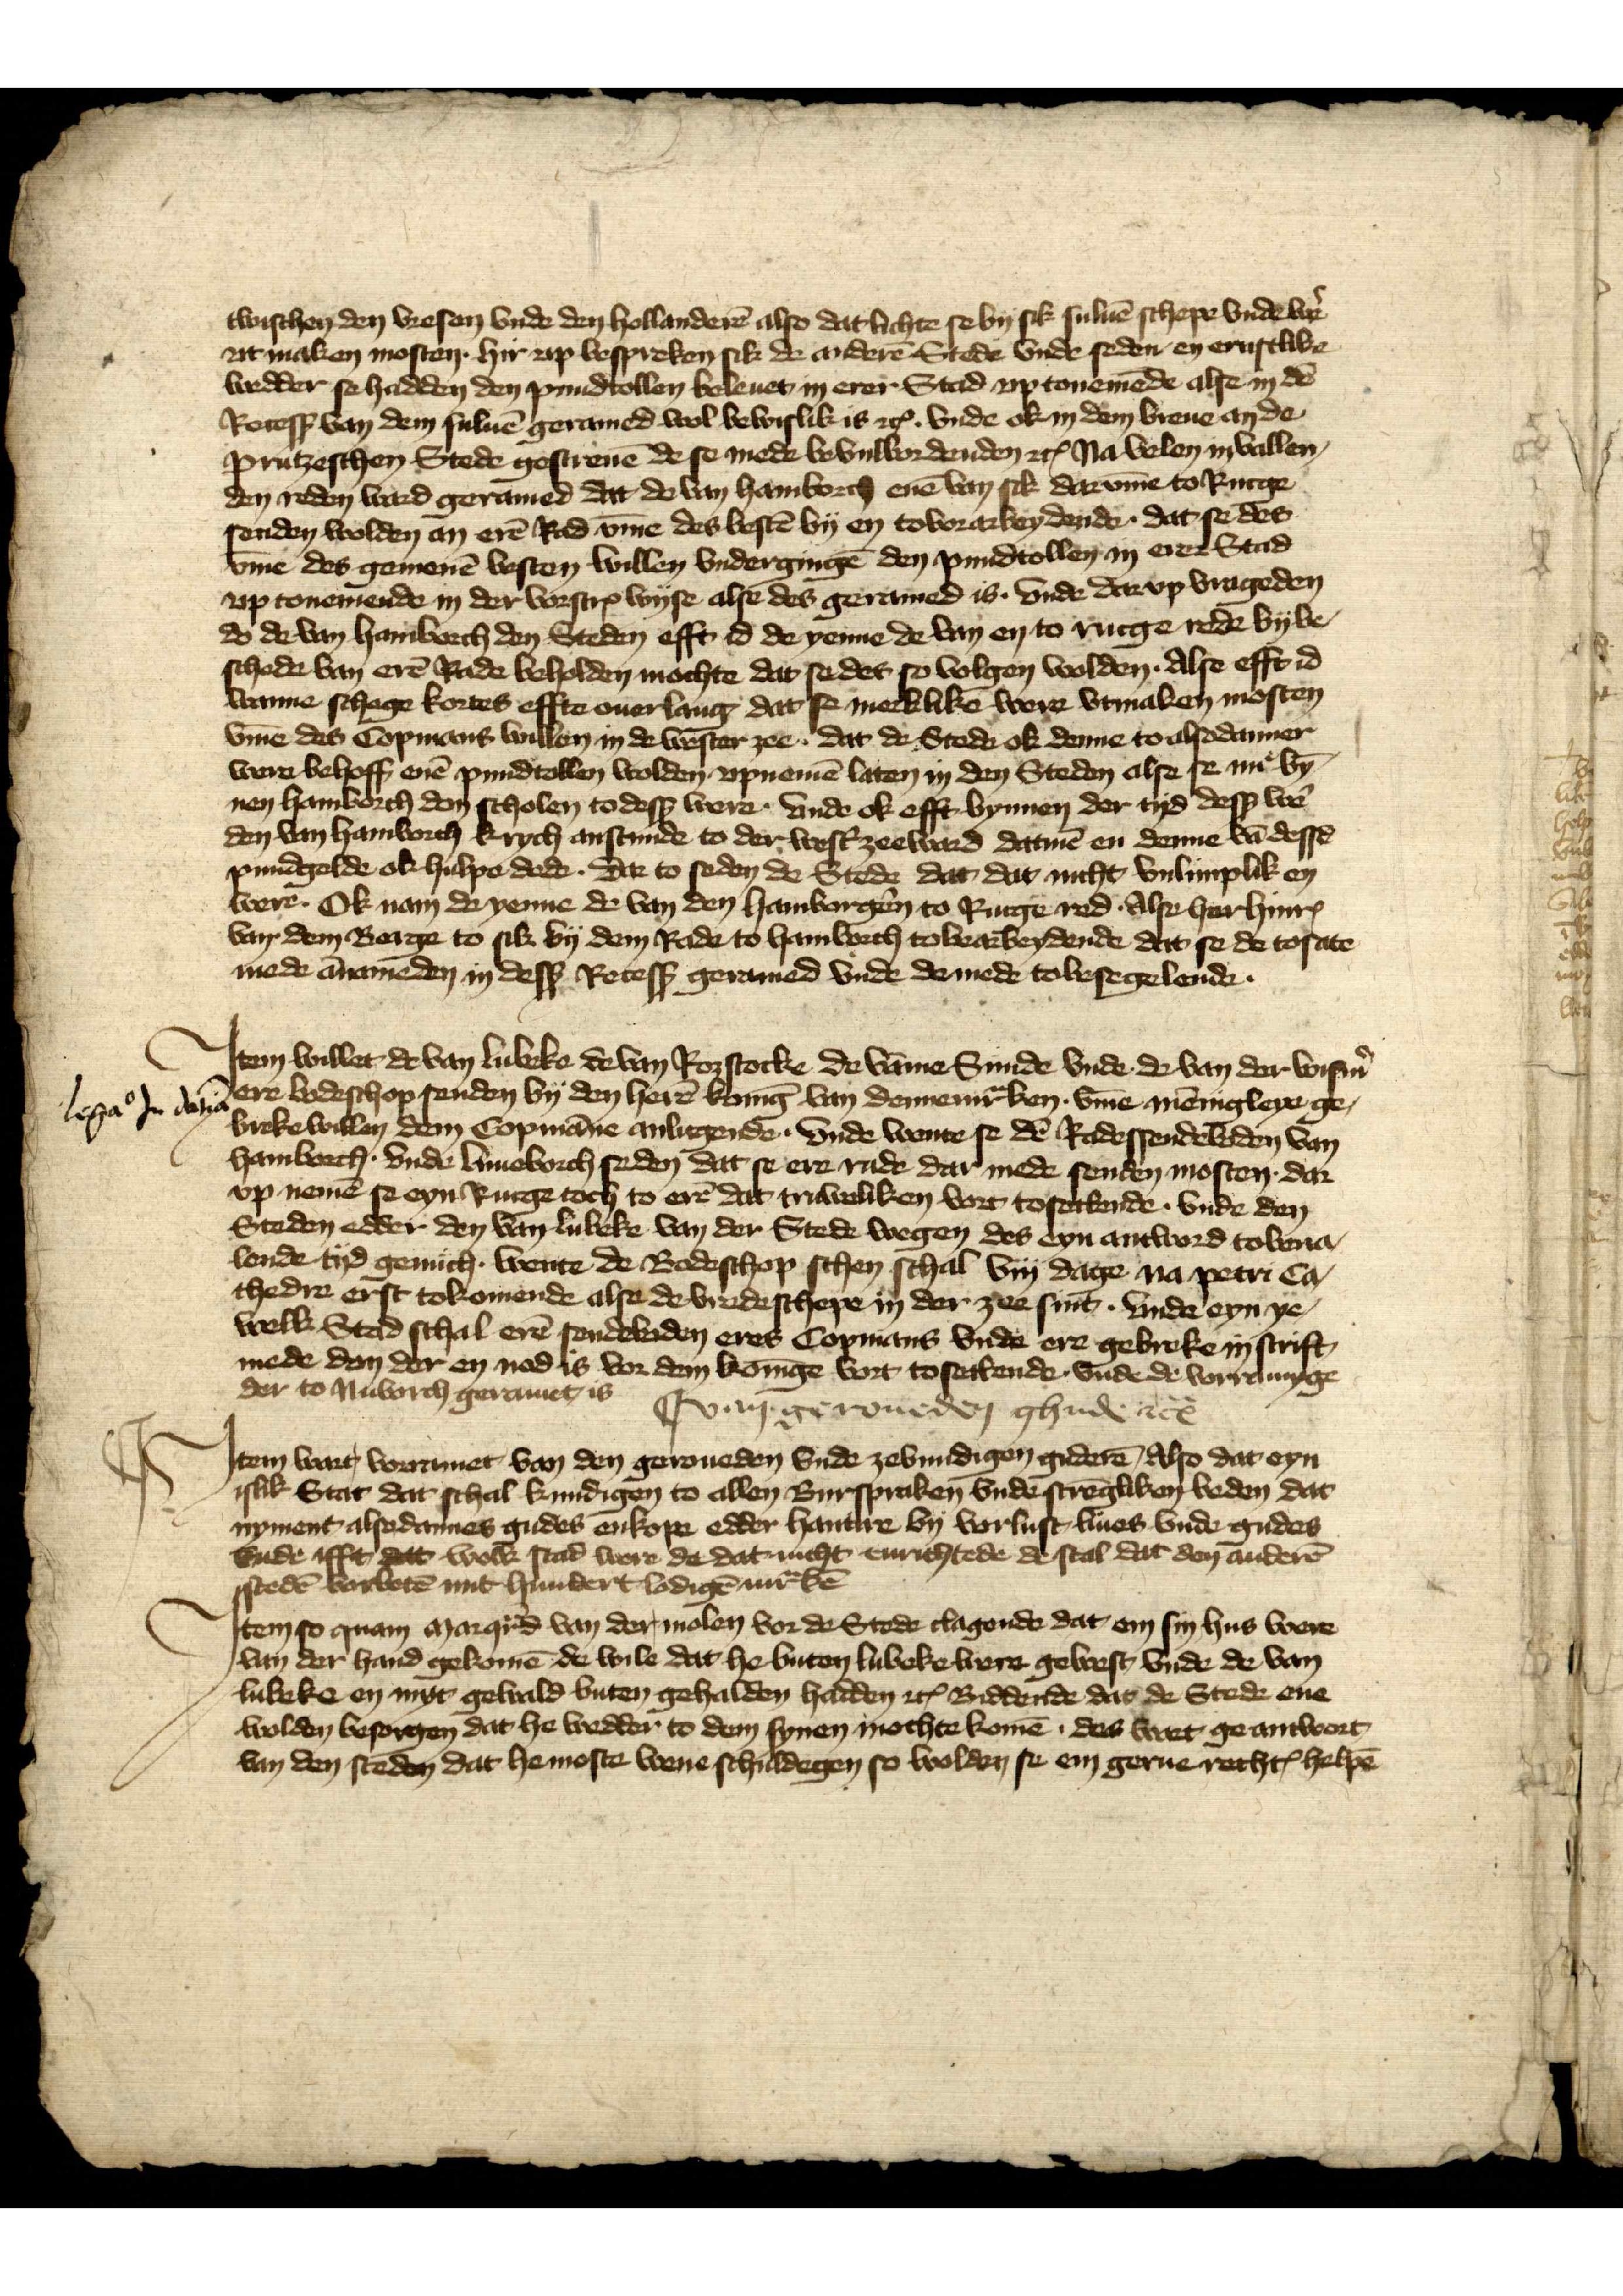
twischen den Vresen vnde den Hollanderē also dat lichte se by sik suluē schepe vnde wẻ
vtmaken mosten. hir vp bespreken sik de anderē Stede vnde seden en ernstlike
wedder se haddden den pundtollen beleuet in erer Stad vptonemēde alse in dē
Recesß van den suluē geramed wol bewislik is etꝬ vnde ok in dem breue an de
prutzeschen Stede gescreuē de se mede bevulbordenden etꝬ Na velen invallen
den reden ward geramed dat de van Hamborch enē van sik darv̄me to Rucge
senden wolden an erē Rad v̄me des bestē by en tovorarbeydende. dat se des
v̄me des gemenē besten willen vndergingē den pundtollen in erer Stad
vp tonemende in der vorscrꝬ wyse alse des geramed is. vnde darvp vrageden
do de van Hamborch den Steden efft id de yeme de van en to rucge rede bybe¬
schede van erē Rade beholden mochte dat se des to volgen wolden. Alse efft id
warme schege kortes effte ouerlang dat se merklikē were vtrmaken mosten
v̄me des Copmans willen in de wester zee, dat de Stede ok denne to alsodanner
were behoff enē pundtollen wolden vpnemē laten in den Steden alse se nu bȳ¬
nen Hamborch den scholen to desß were. Vnde ok efft bynnen der tyd desß wẻ
den van Hamborch krych anstunde to der west̉zeeward datmē en denne vā dessē
pundgelde ok hulp dede. Dar to seden de Stede dat dat nicht vnlimplik en
were. Ok nam de yenne de van den Hamborgẻn to Rucge red. Alse her HinrꝬ
van dem Berge to sik by dem Rade to Hamlorch tobearbeydende dat se de tosate
mede ānameden in desß Recesß geramed vnde demede tobesegelende.

Jtem willet de van Lubeke de van Rozstocke de vāme Sunde vnde de van der Wism̉
ere bodeschop senden by den herē konīg van Dennemͣken v̄me mēnigleye ge¬
brekewillen dem Copmāne anlicgende, vnde wente se dē Radessendeboden van
Hamborch, vnde Luneborch seden dat se ere rade dar mede senden mosten dar
vp nemē se eyn Rucge toch to erē dat truweliken vort tosettende. vnde dan
Steden edder den van Lubeke van der Stede wegen des eyn antword toeuar¬
lende tyd genuch wente de Bodeschop schen schal viij dage na petri Ca¬
thedre erst tokomende alse de vredeschepe in der zee sint. vnde eyn ye¬
welk Stad schal erē sendeboden eres Copmans vnde ere gebreke in scrift
mede don dar en nod is vor dem konīge vort tosettende vnde de vorramyge
der to Nuborch geramet is.

van geroueden ghude etꝬ

Jtem wart vorramet van den geroueden vnde zevundigen guderē, Also dat eyn
islik Stat dat schal kundigen to allen Burspraken vnde strēgliken beden dat
nyment alsedannes gudes enkope edder hantire by vorlust liues vnde guders
vnde ifft, dat welke stad were da dat nicht enrichtede de scal dat den anderē
stedē vorbotē mit hundert lodigē mͣrkē

Jtem so quam Marqͣrd van den Molen vor de Stede clagende dat em sin hus were
van der hand gekomē de wile dat he buten Lubeke were gewest, vnde de van
Lubeke en myt gewald buten gehalden hadden etꝬ Biddende das de Stede ene
wolden besorgen dat he wedder to den synen mochte komē. des wart geantwort
van den steden dat he moste wene schuldegen so wolden se en gerne rechtꝬ helpē